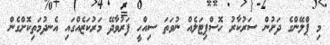
މި ޕްލޭންގެ ދަށުން ސަރުކާރު ހޮސްޕިޓަލެއް ނުވަތަ ސިއްހީ ފަރުވާދޭ މަރުކަޒެއްގައި އެނދުމަތިކޮށްގެން